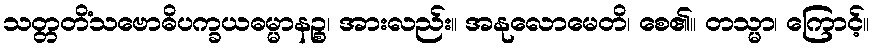
သတ္တတိံသဗောဓိပက္ခယဓမ္မာနဉ္စ၊ အားလည်း။ အနုလောမေတိ၊ စေ၏။ တသ္မာ၊ ကြောင့်။